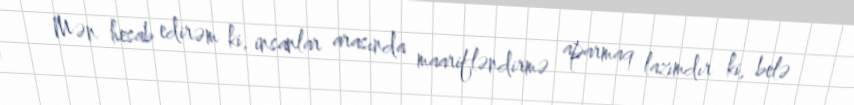
Mən hesab edirəm ki, insanlar arasında maarifləndirmə aparmaq lazımdır ki, belə